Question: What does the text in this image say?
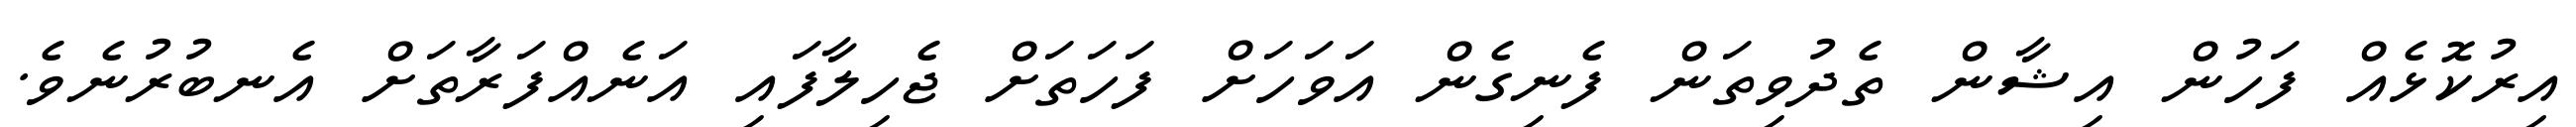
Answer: އިރުކޮޅެއް ފަހުން އިޝާން ތެދުވިތަން ފެނިގެން އަވަހަށް ފަހަތަށް ޖެހިލާފައި އަނެއްފަރާތަށް އެނބުރުނެވެ.